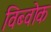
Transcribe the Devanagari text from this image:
विब्वोक